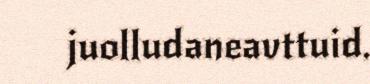
juolludaneavttuid.